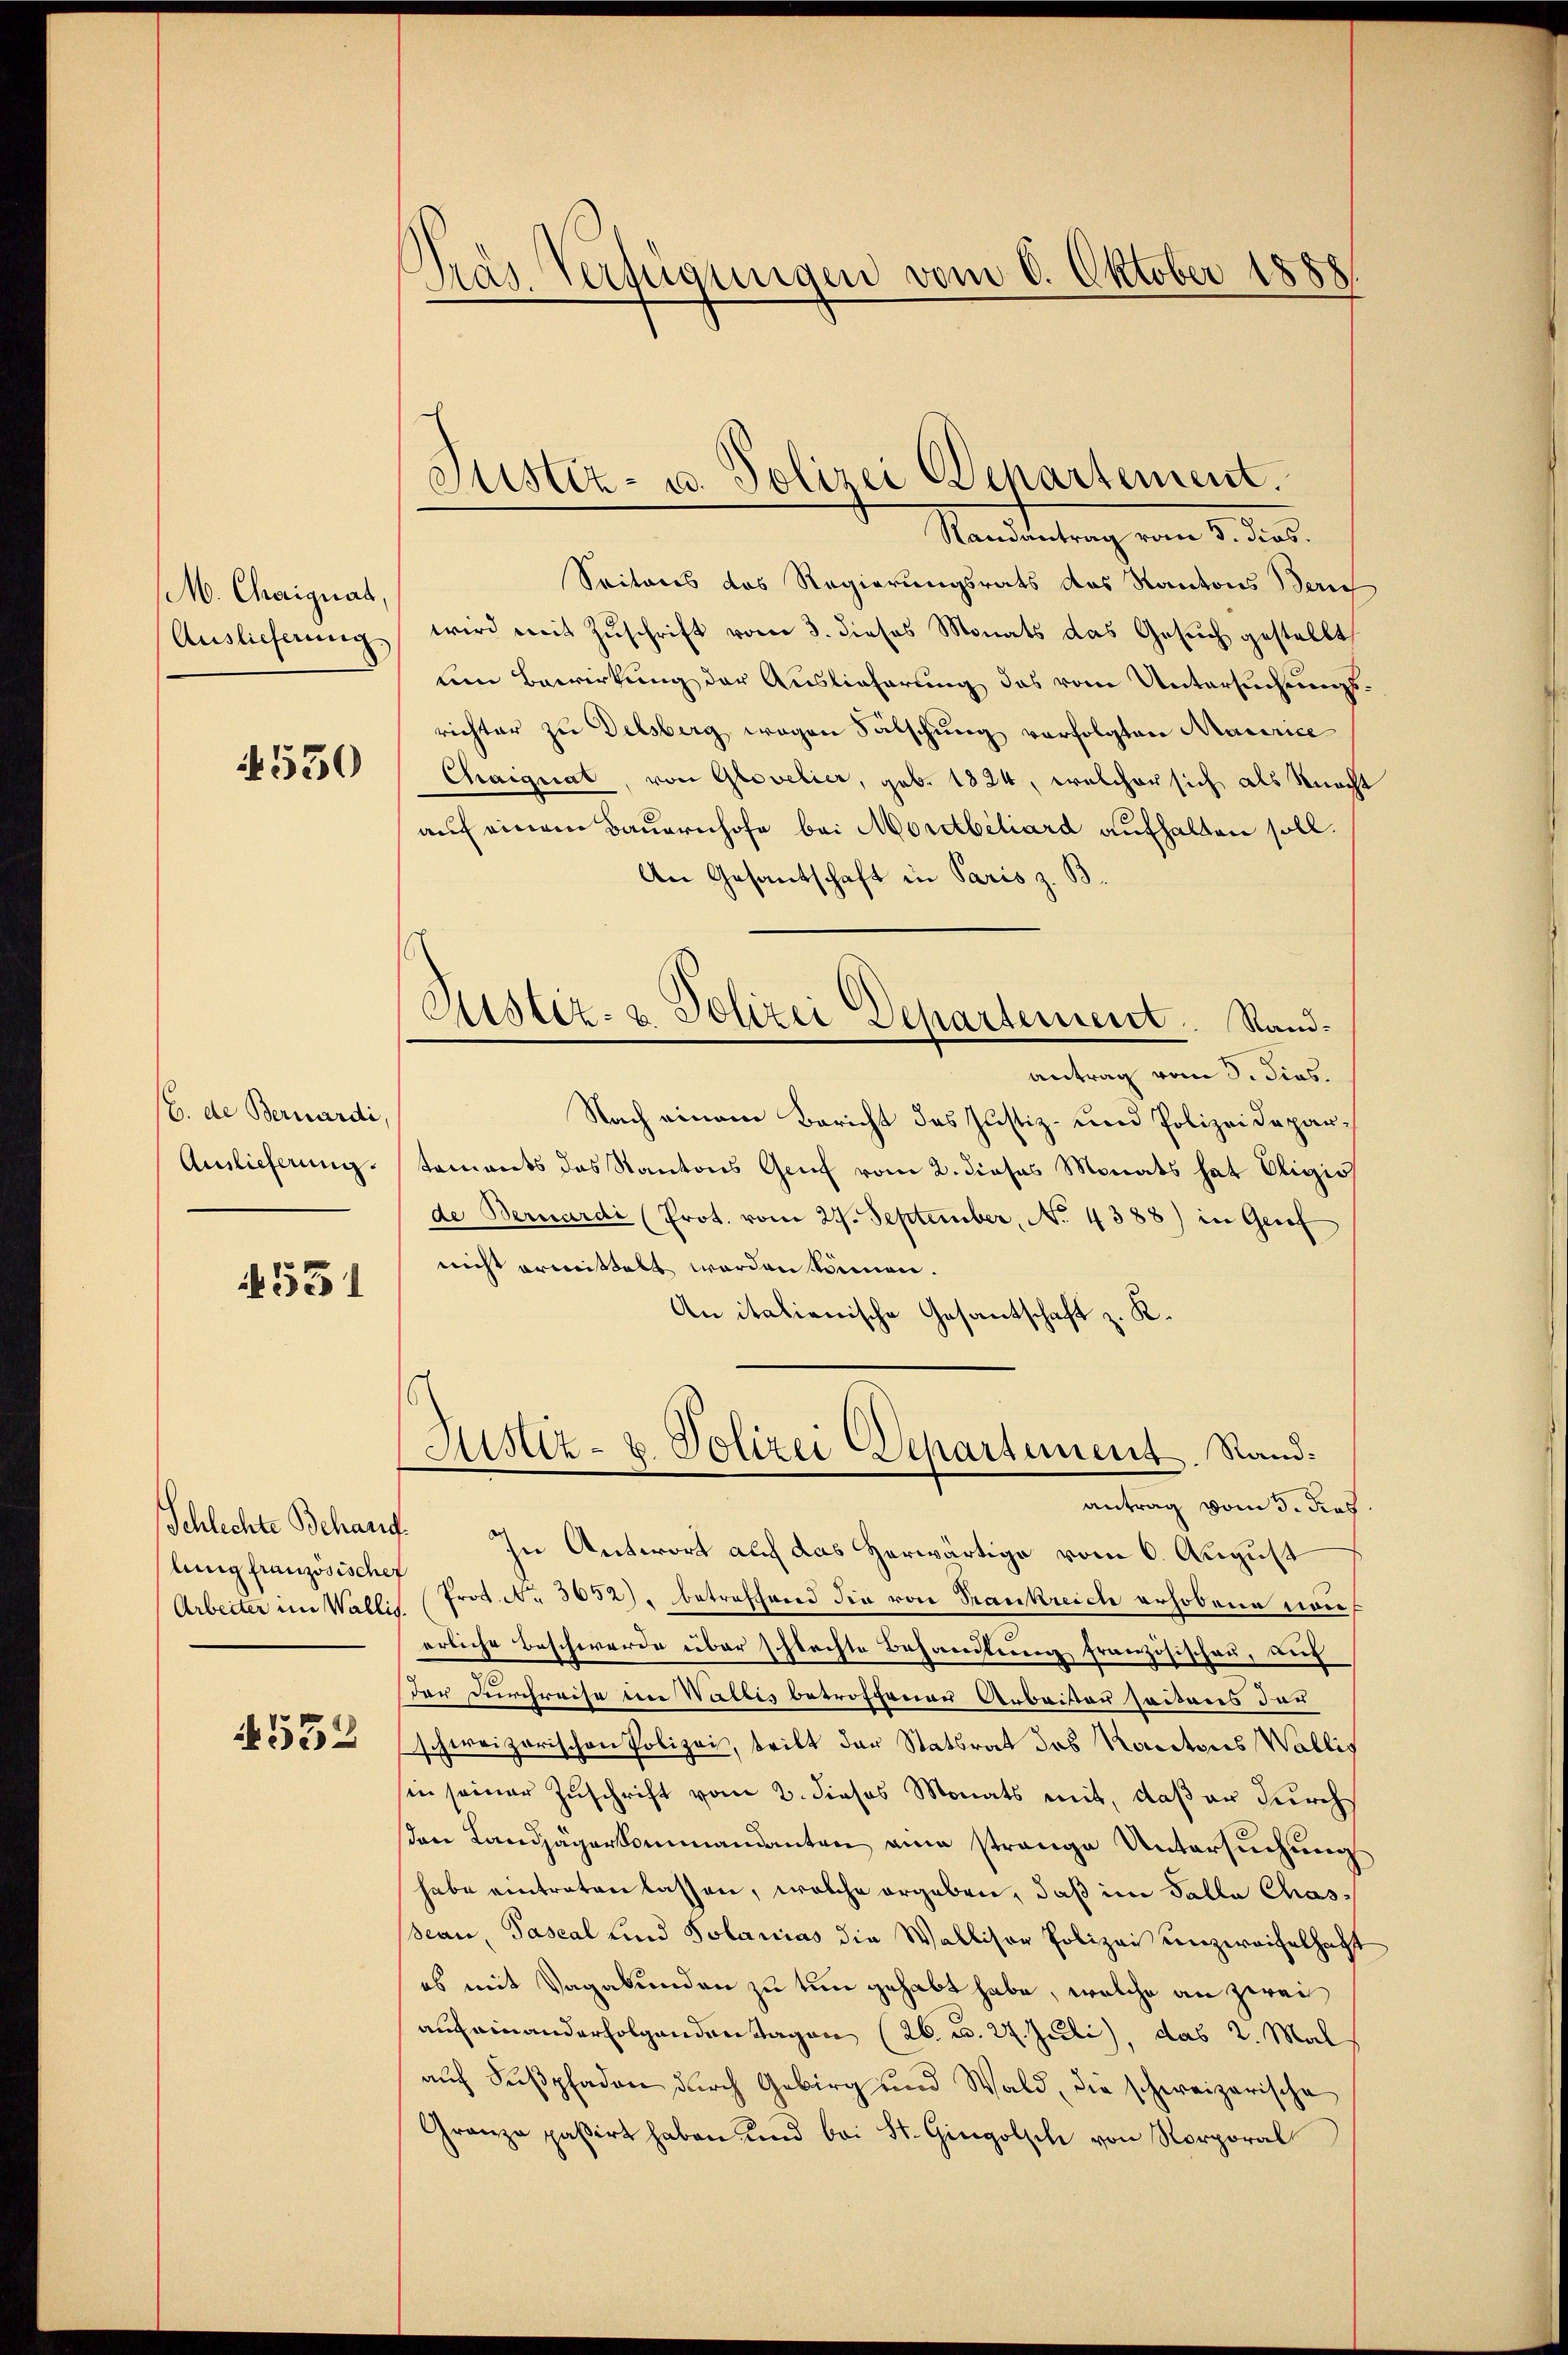
. Chaignat
Auslieferung

530

b. de Bernardi
Auslieferung.

531

Schlechte Behauf
ling französischef
Arbeiter im Wallis

532

888
Das Verfügungen vom 6. Oktober

Sistiz- u. Polizei Departement.

Rustiz- u. Polizei Departement. Sand¬

Randantrag vom 5. dies
Seitens des Regierungsrats das Kantons Zürich
wird mit Zuschrift vom 3. dieses Monats das Gesuch gestellt
um Bewirkung der Auslieferung des vom Untersuchungsrichter zu Delsberg wegen Fälschung vorfolgten Maurice
Chaignat, von Glovelier, geb. 1824, welcher sich als Macht
auf einem Bauernhofe bei Mordtbiliard aufhalten soll.
An Gesantschaft in Paris z. B.
antrag vom 3. Dies.
Nach einem Bericht das Justiz- und Polizeidepartaments das Kantons Genf vom 2. dieses Monats hat Oligio
de Bernardi (Prot. vom 24. September, No. 4388) in Genf
nicht ermittelt worden können.
An italienische Gesantschaft z. K.
Justiz- u. Polizei Departement. Rand:
antrag vom 3. dies
In Antwort auf das herwärtige vom 6. August
Prot. No 3652), betreffend die von Strankreich erhobene non
erliche Beschwerde über schlachte Behandlerenz französischen, auf
der Durchreise im Wallis betroffenen Arbeiten seiens der
schweizerischen Polizei, tritt der Statsrat des Kantons Wallis
sin seiner Zuschrift vom 2. dieses Monats mit, daß er durch
en Landjägerkommandanten eine strange Untersuchung
habe eintreten lassen, welche ergeben, daß im Falle Chas¬
Sean, Pascal Lind Solanias die Walliser Polizei unzweifelhaft
es mit Vagabunden zu tun gehabt habe, welche an zwei
aufeinanderfolgenden Tagen (26. u. 27. Juli), das 2. Mal
auch Suspfaden durch Gebirg und Wald, die schweizerische
Granza passirt haben und bei St. Gingolsch von Rorporal